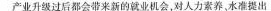
产业升级过后都会带来新的就业机会，对人力素养，水准提出